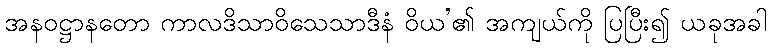
အနဝဋ္ဌာနတော ကာလဒိသာဝိသေသာဒီနံ ဝိယ’၏ အကျယ်ကို ပြပြီး၍ ယခုအခါ